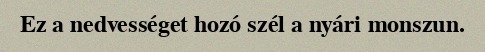
Ez a nedvességet hozó szél a nyári monszun.